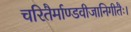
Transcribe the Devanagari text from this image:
चरितैर्माण्डवीजानिगीतैः।